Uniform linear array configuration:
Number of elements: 16
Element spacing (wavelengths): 1
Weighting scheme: cosine
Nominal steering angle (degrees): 30
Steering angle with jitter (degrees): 31.348
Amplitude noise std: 0.05
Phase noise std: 0.05

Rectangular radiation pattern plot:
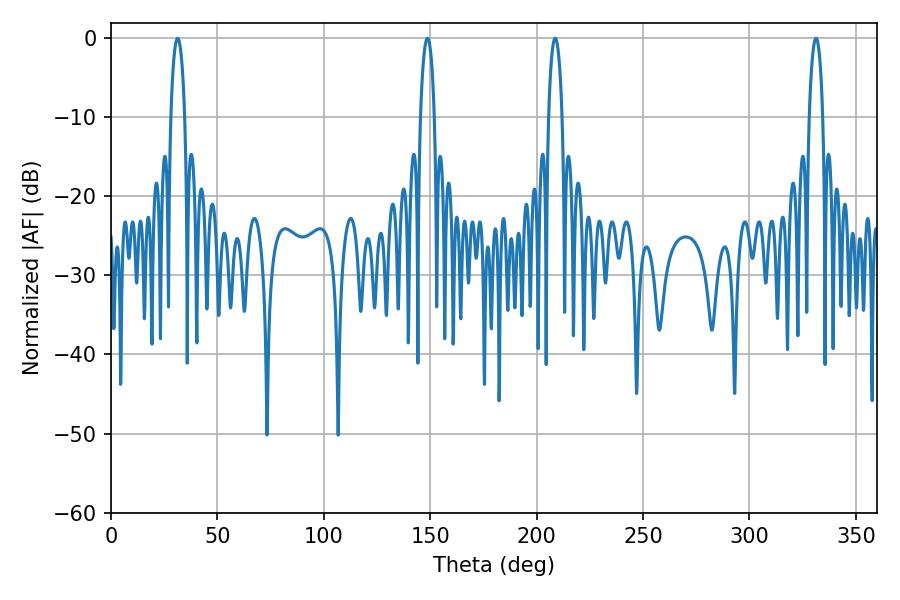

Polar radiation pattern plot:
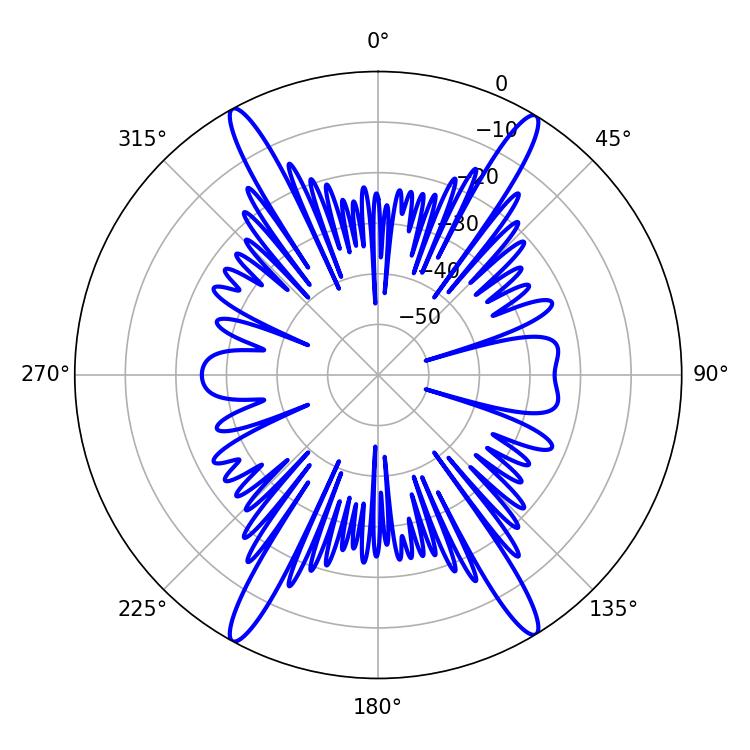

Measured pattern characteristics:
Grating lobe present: TRUE
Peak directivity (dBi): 23.963
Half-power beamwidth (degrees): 3.6
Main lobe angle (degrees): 148.68